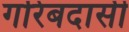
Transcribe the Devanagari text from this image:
गरिबदासी